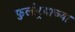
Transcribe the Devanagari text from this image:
फुलोर्‍याच्या